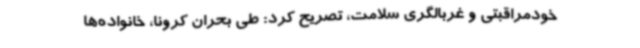
خودمراقبتی و غربالگری سلامت، تصریح کرد: طی بحران کرونا، خانواده‌ها